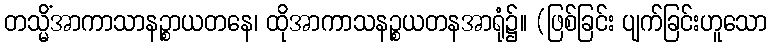
တသ္မိံအာကာသာနဉ္စာယတနေ၊ ထိုအာကာသနဉ္စယတနအာရုံ၌။ (ဖြစ်ခြင်း ပျက်ခြင်းဟူသော